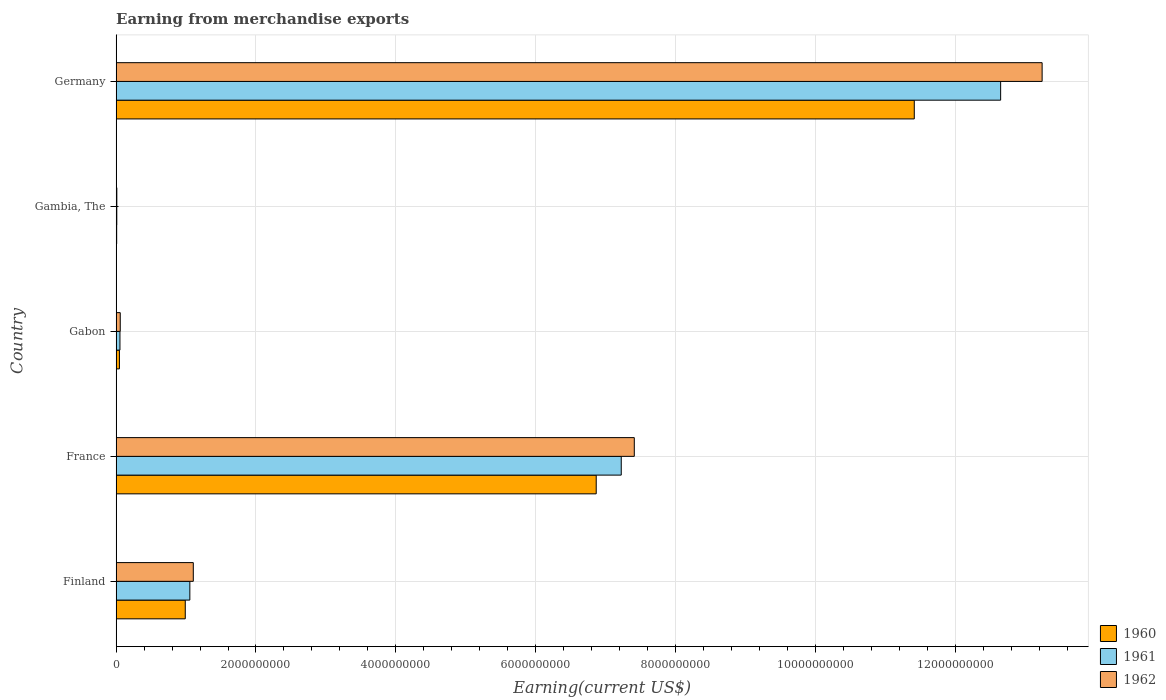
| Country | 1960 | 1961 | 1962 |
 | --- | --- | --- | --- |
 | Finland | 9.89e+08 | 1.05e+09 | 1.1e+09 |
 | France | 6.87e+09 | 7.22e+09 | 7.41e+09 |
 | Gabon | 4.74e+07 | 5.47e+07 | 5.89e+07 |
 | Gambia, The | 7.79e+06 | 9.45e+06 | 9.99e+06 |
 | Germany | 1.14e+10 | 1.27e+10 | 1.32e+10 |